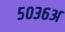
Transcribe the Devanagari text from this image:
५०३६अ